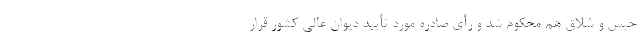
حبس و شلاق هم محکوم شد و رأی صادره مورد تأیید دیوان عالی کشور قرار